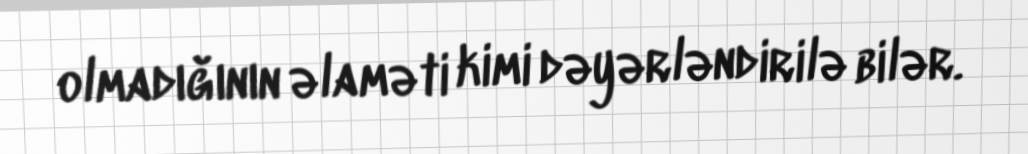
olmadığının əlaməti kimi dəyərləndirilə bilər.